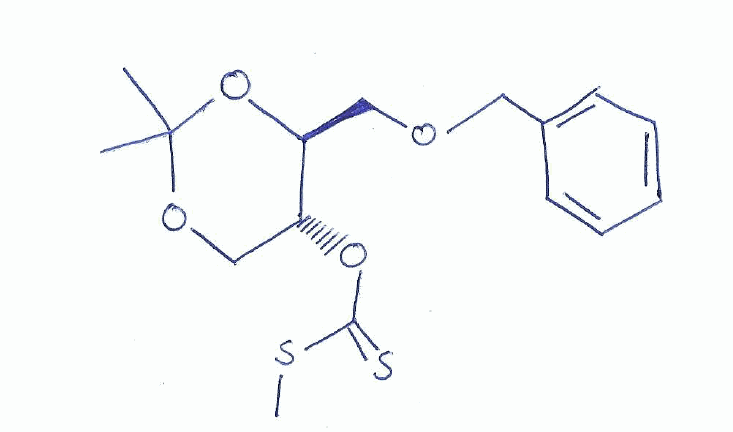
Simplified molecular-input line-entry system (SMILES) notation of the given molecule:
CC1(OC[C@H]([C@@H](O1)COCC2=CC=CC=C2)OC(=S)SC)C